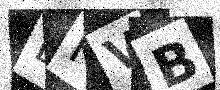
Text: BKVB